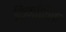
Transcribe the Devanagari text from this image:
किनशिला